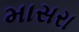
માસરા